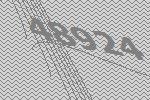
48924